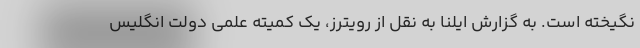
نگیخته است. به گزارش ایلنا به نقل از رویترز، یک کمیته علمی دولت انگلیس